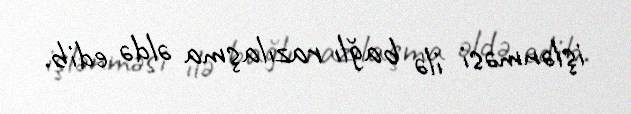
işlənməsi ilə bağlı razılaşma əldə edib.